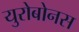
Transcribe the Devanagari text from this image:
युरोबोनस